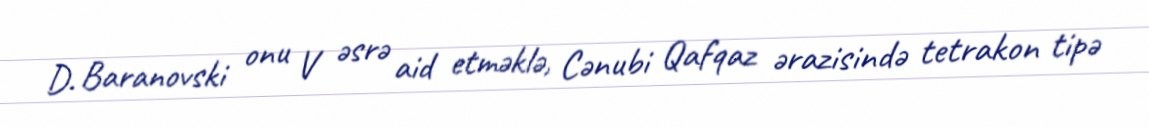
D. Baranovski onu V əsrə aid etməklə, Cənubi Qafqaz ərazisində tetrakon tipə